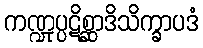
ကဏ္ဍုပ္ပဋိစ္ဆာဒိသိက္ခာပဒံ